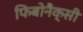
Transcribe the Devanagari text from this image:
फिबोनैक्सी